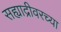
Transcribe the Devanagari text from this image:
सह्याद्रीवरच्या